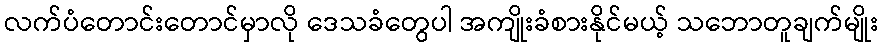
လက်ပံတောင်းတောင်မှာလို ဒေသခံတွေပါ အကျိုးခံစားနိုင်မယ့် သဘောတူချက်မျိုး